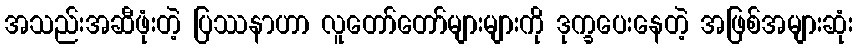
အသည်းအဆီဖုံးတဲ့ ပြဿနာဟာ လူတော်တော်များများကို ဒုက္ခပေးနေတဲ့ အဖြစ်အများဆုံး